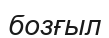
бозғыл